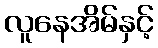
လူနေအိမ်နှင့်